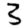
Digit: 3